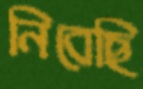
নিবেছি